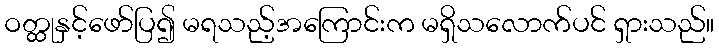
ဝတ္ထုနှင့်ဖော်ပြ၍ မရသည့်အကြောင်းက မရှိသလောက်ပင် ရှားသည်။